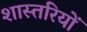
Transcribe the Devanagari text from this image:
शास्तरियों